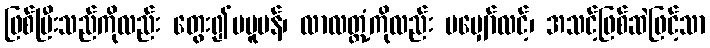
ဖြစ်ပြီးသည်ကိုလည်း တွေး၍မပူပန်၊ လာလတ္တံ့ကိုလည်း မမျှော်လင့်၊ အသင့်ဖြစ်ဆဲဖြင့်သာ